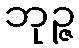
ဘုဉ္ဇ